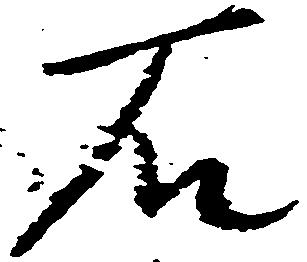
石